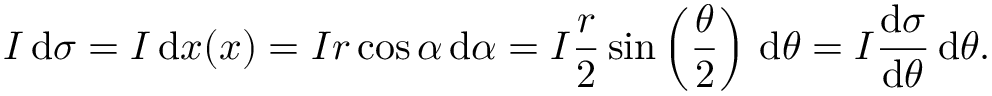
I \, \mathrm { d } \sigma = I \, \mathrm { d } x ( x ) = I r \cos \alpha \, \mathrm { d } \alpha = I { \frac { r } { 2 } } \sin \left( { \frac { \theta } { 2 } } \right) \, \mathrm { d } \theta = I { \frac { \mathrm { d } \sigma } { \mathrm { d } \theta } } \, \mathrm { d } \theta .